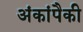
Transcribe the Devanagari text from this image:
अंकांपैकी